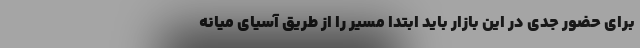
برای حضور جدی در این بازار باید ابتدا مسیر را از طریق آسیای میانه